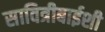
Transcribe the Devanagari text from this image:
सावित्रीबाईशी